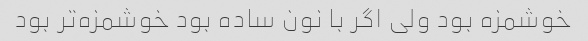
خوشمزه بود ولی اگر با نون ساده بود خوشمزه‌تر بود